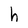
Character: h